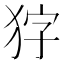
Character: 𭸇